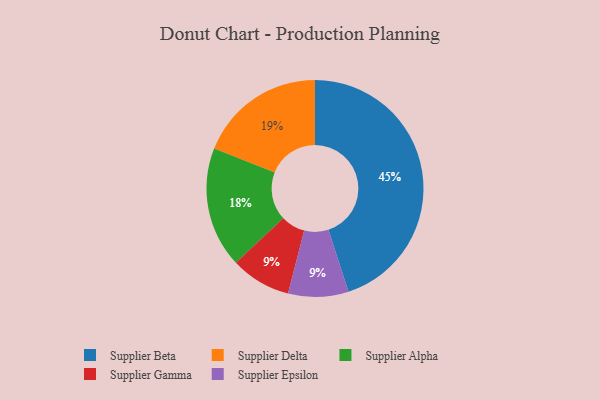
{"axis": {"x": "Category", "y": "Percentage"}, "legend": ["Supplier Alpha", "Supplier Beta", "Supplier Delta", "Supplier Epsilon", "Supplier Gamma"], "data": [{"x": "Supplier Delta", "y": 19, "type": "Supplier Delta"}, {"x": "Supplier Beta", "y": 45, "type": "Supplier Beta"}, {"x": "Supplier Gamma", "y": 9, "type": "Supplier Gamma"}, {"x": "Supplier Alpha", "y": 18, "type": "Supplier Alpha"}, {"x": "Supplier Epsilon", "y": 9, "type": "Supplier Epsilon"}]}